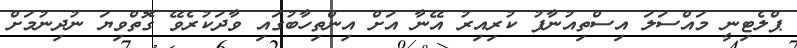
ޕްލެޓިނީ މައްސަލަ އިސްތިއުނާފު ކުރިއިރު އޭނާ އަށް އިންތިހާބުގައި ވާދަކުރެވޭ ގޮތްވިޔަ ނުދިނުމަށް